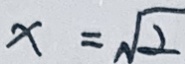
x = \sqrt { 2 }